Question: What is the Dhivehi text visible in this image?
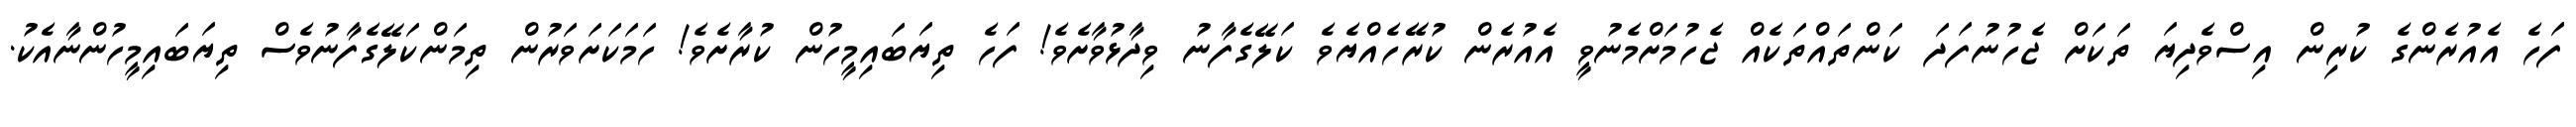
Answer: ފަހެ އެއުރެންގެ ކުރިން އިސްވެދިޔަ ތަކަށް ޖެހުނުފަދަ ކަންތައްތަކެއް ޖެހުމަށްމެނުވީ އެއުރެން ކުރޭހެއްޔެވެ ކަލޭގެފާނު ވިދާޅުވާށެވެ! ފަހެ ތިޔަބައިމީހުން ކުރާށެވެ! ހަމަކަށަވަރުން ތިމަންކަލޭގެފާނުވެސް ތިޔަބައިމީހުންނާއެކު.